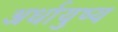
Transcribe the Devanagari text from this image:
अर्धायुष्य